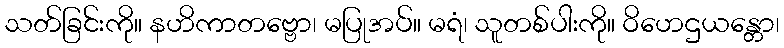
သတ်ခြင်းကို။ နဟိကာတဗ္ဗော၊ မပြုအပ်။ မရံ၊ သူတစ်ပါးကို။ ဝိဟေဌယန္တော၊